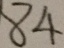
8 4